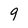
Character: 9